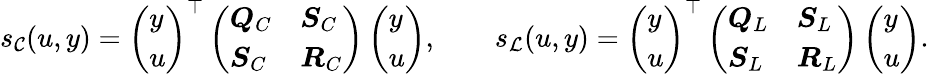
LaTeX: \begin{array}{r}{s_{\mathcal{C}}(u,y)=\left(\begin{array}{l}{y}\\ {u}\end{array}\right)^{\top}\left(\begin{array}{ll}{\boldsymbol{Q}_{C}}&{\boldsymbol{S}_{C}}\\ {\boldsymbol{S}_{C}}&{\boldsymbol{R}_{C}}\end{array}\right)\left(\begin{array}{l}{y}\\ {u}\end{array}\right),\qquad s_{\mathcal{L}}(u,y)=\left(\begin{array}{l}{y}\\ {u}\end{array}\right)^{\top}\left(\begin{array}{ll}{\boldsymbol{Q}_{L}}&{\boldsymbol{S}_{L}}\\ {\boldsymbol{S}_{L}}&{\boldsymbol{R}_{L}}\end{array}\right)\left(\begin{array}{l}{y}\\ {u}\end{array}\right).}\end{array}